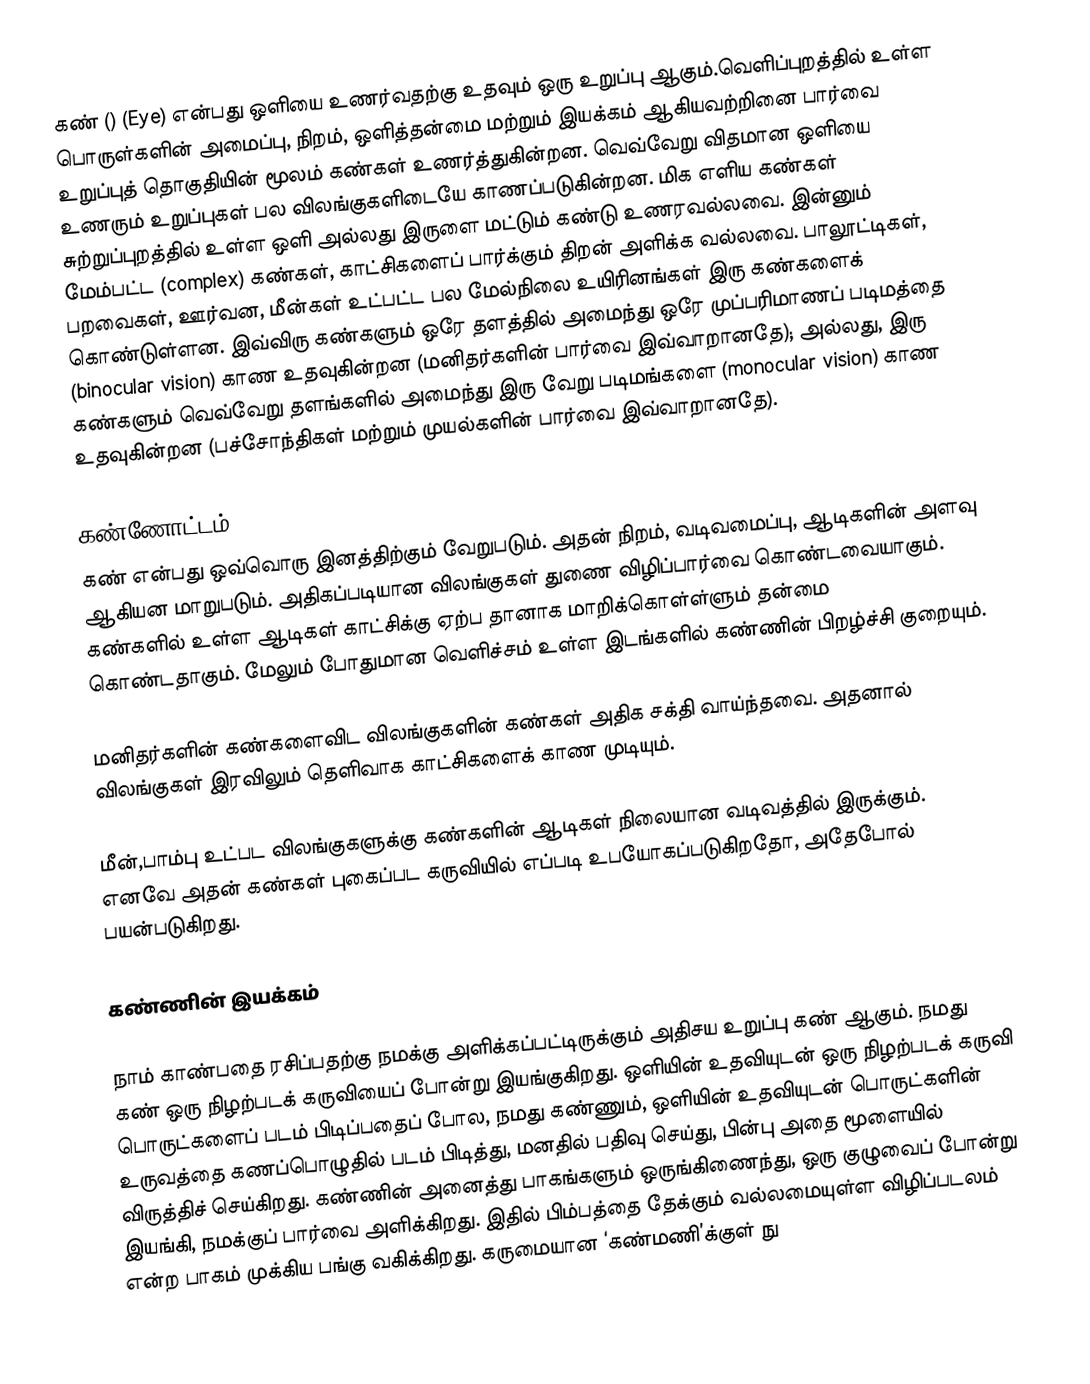
கண் ()  (Eye) என்பது ஒளியை உணர்வதற்கு உதவும் ஒரு உறுப்பு ஆகும்.வெளிப்புறத்தில் உள்ள பொருள்களின் அமைப்பு, நிறம், ஒளித்தன்மை மற்றும் இயக்கம் ஆகியவற்றினை பார்வை உறுப்புத் தொகுதியின் மூலம் கண்கள் உணர்த்துகின்றன. வெவ்வேறு விதமான ஒளியை உணரும் உறுப்புகள் பல விலங்குகளிடையே காணப்படுகின்றன. மிக எளிய கண்கள் சுற்றுப்புறத்தில் உள்ள ஒளி அல்லது இருளை மட்டும் கண்டு உணரவல்லவை. இன்னும் மேம்பட்ட (complex) கண்கள், காட்சிகளைப் பார்க்கும் திறன் அளிக்க வல்லவை. பாலூட்டிகள், பறவைகள், ஊர்வன, மீன்கள் உட்பட்ட பல மேல்நிலை உயிரினங்கள் இரு கண்களைக் கொண்டுள்ளன. இவ்விரு கண்களும் ஒரே தளத்தில் அமைந்து ஒரே முப்பரிமாணப் படிமத்தை (binocular vision) காண உதவுகின்றன (மனிதர்களின் பார்வை இவ்வாறானதே); அல்லது, இரு கண்களும் வெவ்வேறு தளங்களில் அமைந்து இரு வேறு படிமங்களை (monocular vision) காண உதவுகின்றன (பச்சோந்திகள் மற்றும் முயல்களின் பார்வை இவ்வாறானதே).

கண்ணோட்டம்
கண் என்பது ஒவ்வொரு இனத்திற்கும் வேறுபடும். அதன் நிறம், வடிவமைப்பு, ஆடிகளின் அளவு ஆகியன மாறுபடும். அதிகப்படியான விலங்குகள் துணை விழிப்பார்வை கொண்டவையாகும். கண்களில் உள்ள ஆடிகள் காட்சிக்கு ஏற்ப தானாக மாறிக்கொள்ள்ளும் தன்மை கொண்டதாகும். மேலும் போதுமான வெளிச்சம் உள்ள இடங்களில் கண்ணின் பிறழ்ச்சி குறையும்.

மனிதர்களின் கண்களைவிட விலங்குகளின் கண்கள் அதிக சக்தி வாய்ந்தவை. அதனால் விலங்குகள் இரவிலும் தெளிவாக காட்சிகளைக் காண முடியும்.

மீன்,பாம்பு உட்பட விலங்குகளுக்கு கண்களின் ஆடிகள் நிலையான வடிவத்தில் இருக்கும். எனவே அதன் கண்கள் புகைப்பட கருவியில் எப்படி உபயோகப்படுகிறதோ, அதேபோல் பயன்படுகிறது.

கண்ணின் இயக்கம்

நாம் காண்பதை ரசிப்பதற்கு நமக்கு அளிக்கப்பட்டிருக்கும் அதிசய உறுப்பு கண் ஆகும். நமது கண் ஒரு நிழற்படக் கருவியைப் போன்று இயங்குகிறது. ஒளியின் உதவியுடன் ஒரு நிழற்படக் கருவி பொருட்களைப் படம் பிடிப்பதைப் போல, நமது கண்ணும், ஒளியின் உதவியுடன் பொருட்களின் உருவத்தை கணப்பொழுதில் படம் பிடித்து, மனதில் பதிவு செய்து, பின்பு அதை மூளையில் விருத்திச் செய்கிறது. கண்ணின் அனைத்து பாகங்களும் ஒருங்கிணைந்து, ஒரு குழுவைப் போன்று இயங்கி, நமக்குப் பார்வை அளிக்கிறது. இதில் பிம்பத்தை தேக்கும் வல்லமையுள்ள விழிப்படலம் என்ற பாகம் முக்கிய பங்கு வகிக்கிறது. கருமையான ‘கண்மணி’க்குள் நு